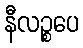
နီလဉ္စပေ